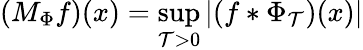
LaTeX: (M_{\Phi}f)(x)=\operatorname*{sup}_{\mathcal{T}>0}|(f*\Phi_{\mathcal{T}})(x)|